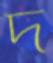
দ